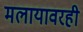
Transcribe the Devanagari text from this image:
मलायावरही